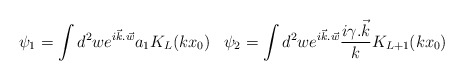
\begin{align*}\psi_1 = \int d^2w e^{i{\vec {k}.\vec{w}}} a_1K_L(kx_0)\;\;\;\psi_2=\int d^2 w e^{i\vec{ k}.\vec{w}}\frac{i{ \gamma.\vec{k}}}{k} K_{L+1}(kx_0)\end{align*}